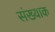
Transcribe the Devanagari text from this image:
संख्याक